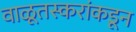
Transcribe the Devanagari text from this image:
वाळूतस्करांकडून